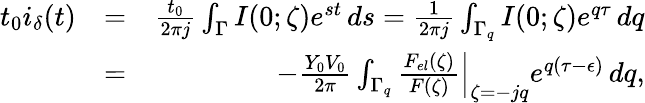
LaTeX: \begin{array}{rlr}{t_{0}i_{\delta}(t)}&{=}&{\frac{t_{0}}{2\pi j}\int_{\Gamma}I(0;\zeta)e^{st}\, ds=\frac{1}{2\pi j}\int_{\Gamma_{q}}I(0;\zeta)e^{q\tau}\, dq}\\ &{=}&{-\frac{Y_{0}V_{0}}{2\pi}\int_{\Gamma_{q}}\left.\frac{F_{el}(\zeta)}{F(\zeta)}\right\vert_{\zeta=-jq}e^{q(\tau-\epsilon)}\, dq,}\end{array}